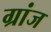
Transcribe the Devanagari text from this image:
ग्रांज